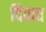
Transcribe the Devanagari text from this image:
दिवाच